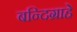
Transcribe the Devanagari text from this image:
बन्दिग्राहे